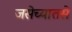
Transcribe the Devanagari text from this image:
जसेच्यातसे